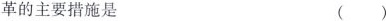
革的主要措施是 ()